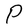
Character: P